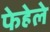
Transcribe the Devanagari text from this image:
फेहेले